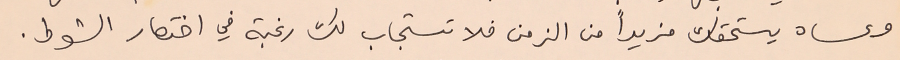
وعساه يستحقك مزيداً من الزمن فلا تستجاب لك رغبة في اختصار الشوط.